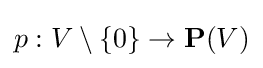
p:V\setminus \{0\}\to \mathbf {P} (V)